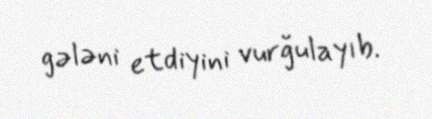
gələni etdiyini vurğulayıb.